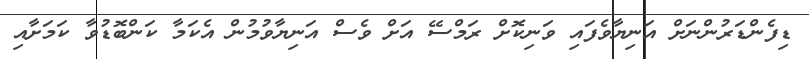
ޑިފެންޑަރުންނަށް އަނިޔާވެފައި ވަނިކޮށް ރަމްސޭ އަަށް ވެސް އަނިޔާވުމުން އެކަމާ ކަންބޮޑުވާ ކަމަށާއި